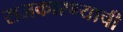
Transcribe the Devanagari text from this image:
राजकारण्याची